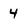
Character: 4